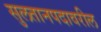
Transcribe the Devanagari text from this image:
सुलतानपदावरील